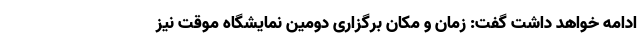
ادامه خواهد داشت گفت: زمان و مکان برگزاری دومین نمایشگاه موقت نیز